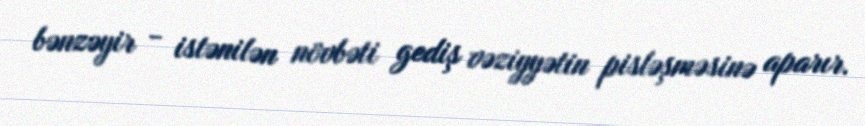
bənzəyir - istənilən növbəti gediş vəziyyətin pisləşməsinə aparır.